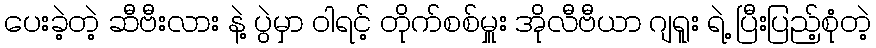
ပေးခဲ့တဲ့ ဆီဗီးလား နဲ့ ပွဲမှာ ဝါရင့် တိုက်စစ်မှူး အိုလီဗီယာ ဂျရူး ရဲ့ ပြီးပြည့်စုံတဲ့